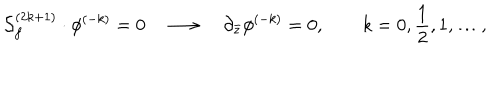
LaTeX: { \cal S } _ { f } ^ { ( 2 k + 1 ) } \cdot \phi ^ { ( - k ) } = 0 \quad \longrightarrow \quad \partial _ { \bar { z } } \phi ^ { ( - k ) } = 0 , \qquad k = 0 , { \frac { 1 } { 2 } } , 1 , \ldots ,